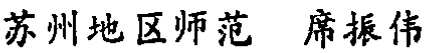
苏州地区师范 席振伟